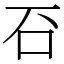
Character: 䂖